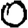
Digit: 0